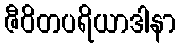
ဇီဝိတပရိယာဒါနာ